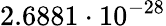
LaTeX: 2.6881\cdot 10^{-28}